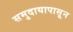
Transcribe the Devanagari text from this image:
समुदायापासून